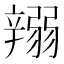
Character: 𨐪